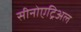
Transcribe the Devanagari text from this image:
सीनोएट्रिअल